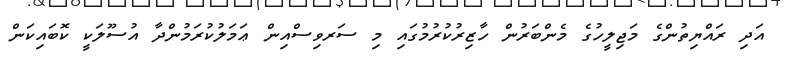
އަދި ރައްޔިތުންގެ މަޖިލީހުގެ މެންބަރުން ހާޒިރުކުރުމުގައި މި ސަރވިސްއިން ޢަމަލުކުރަމުންދާ އުސޫލަކީ ކޮބައިކަން